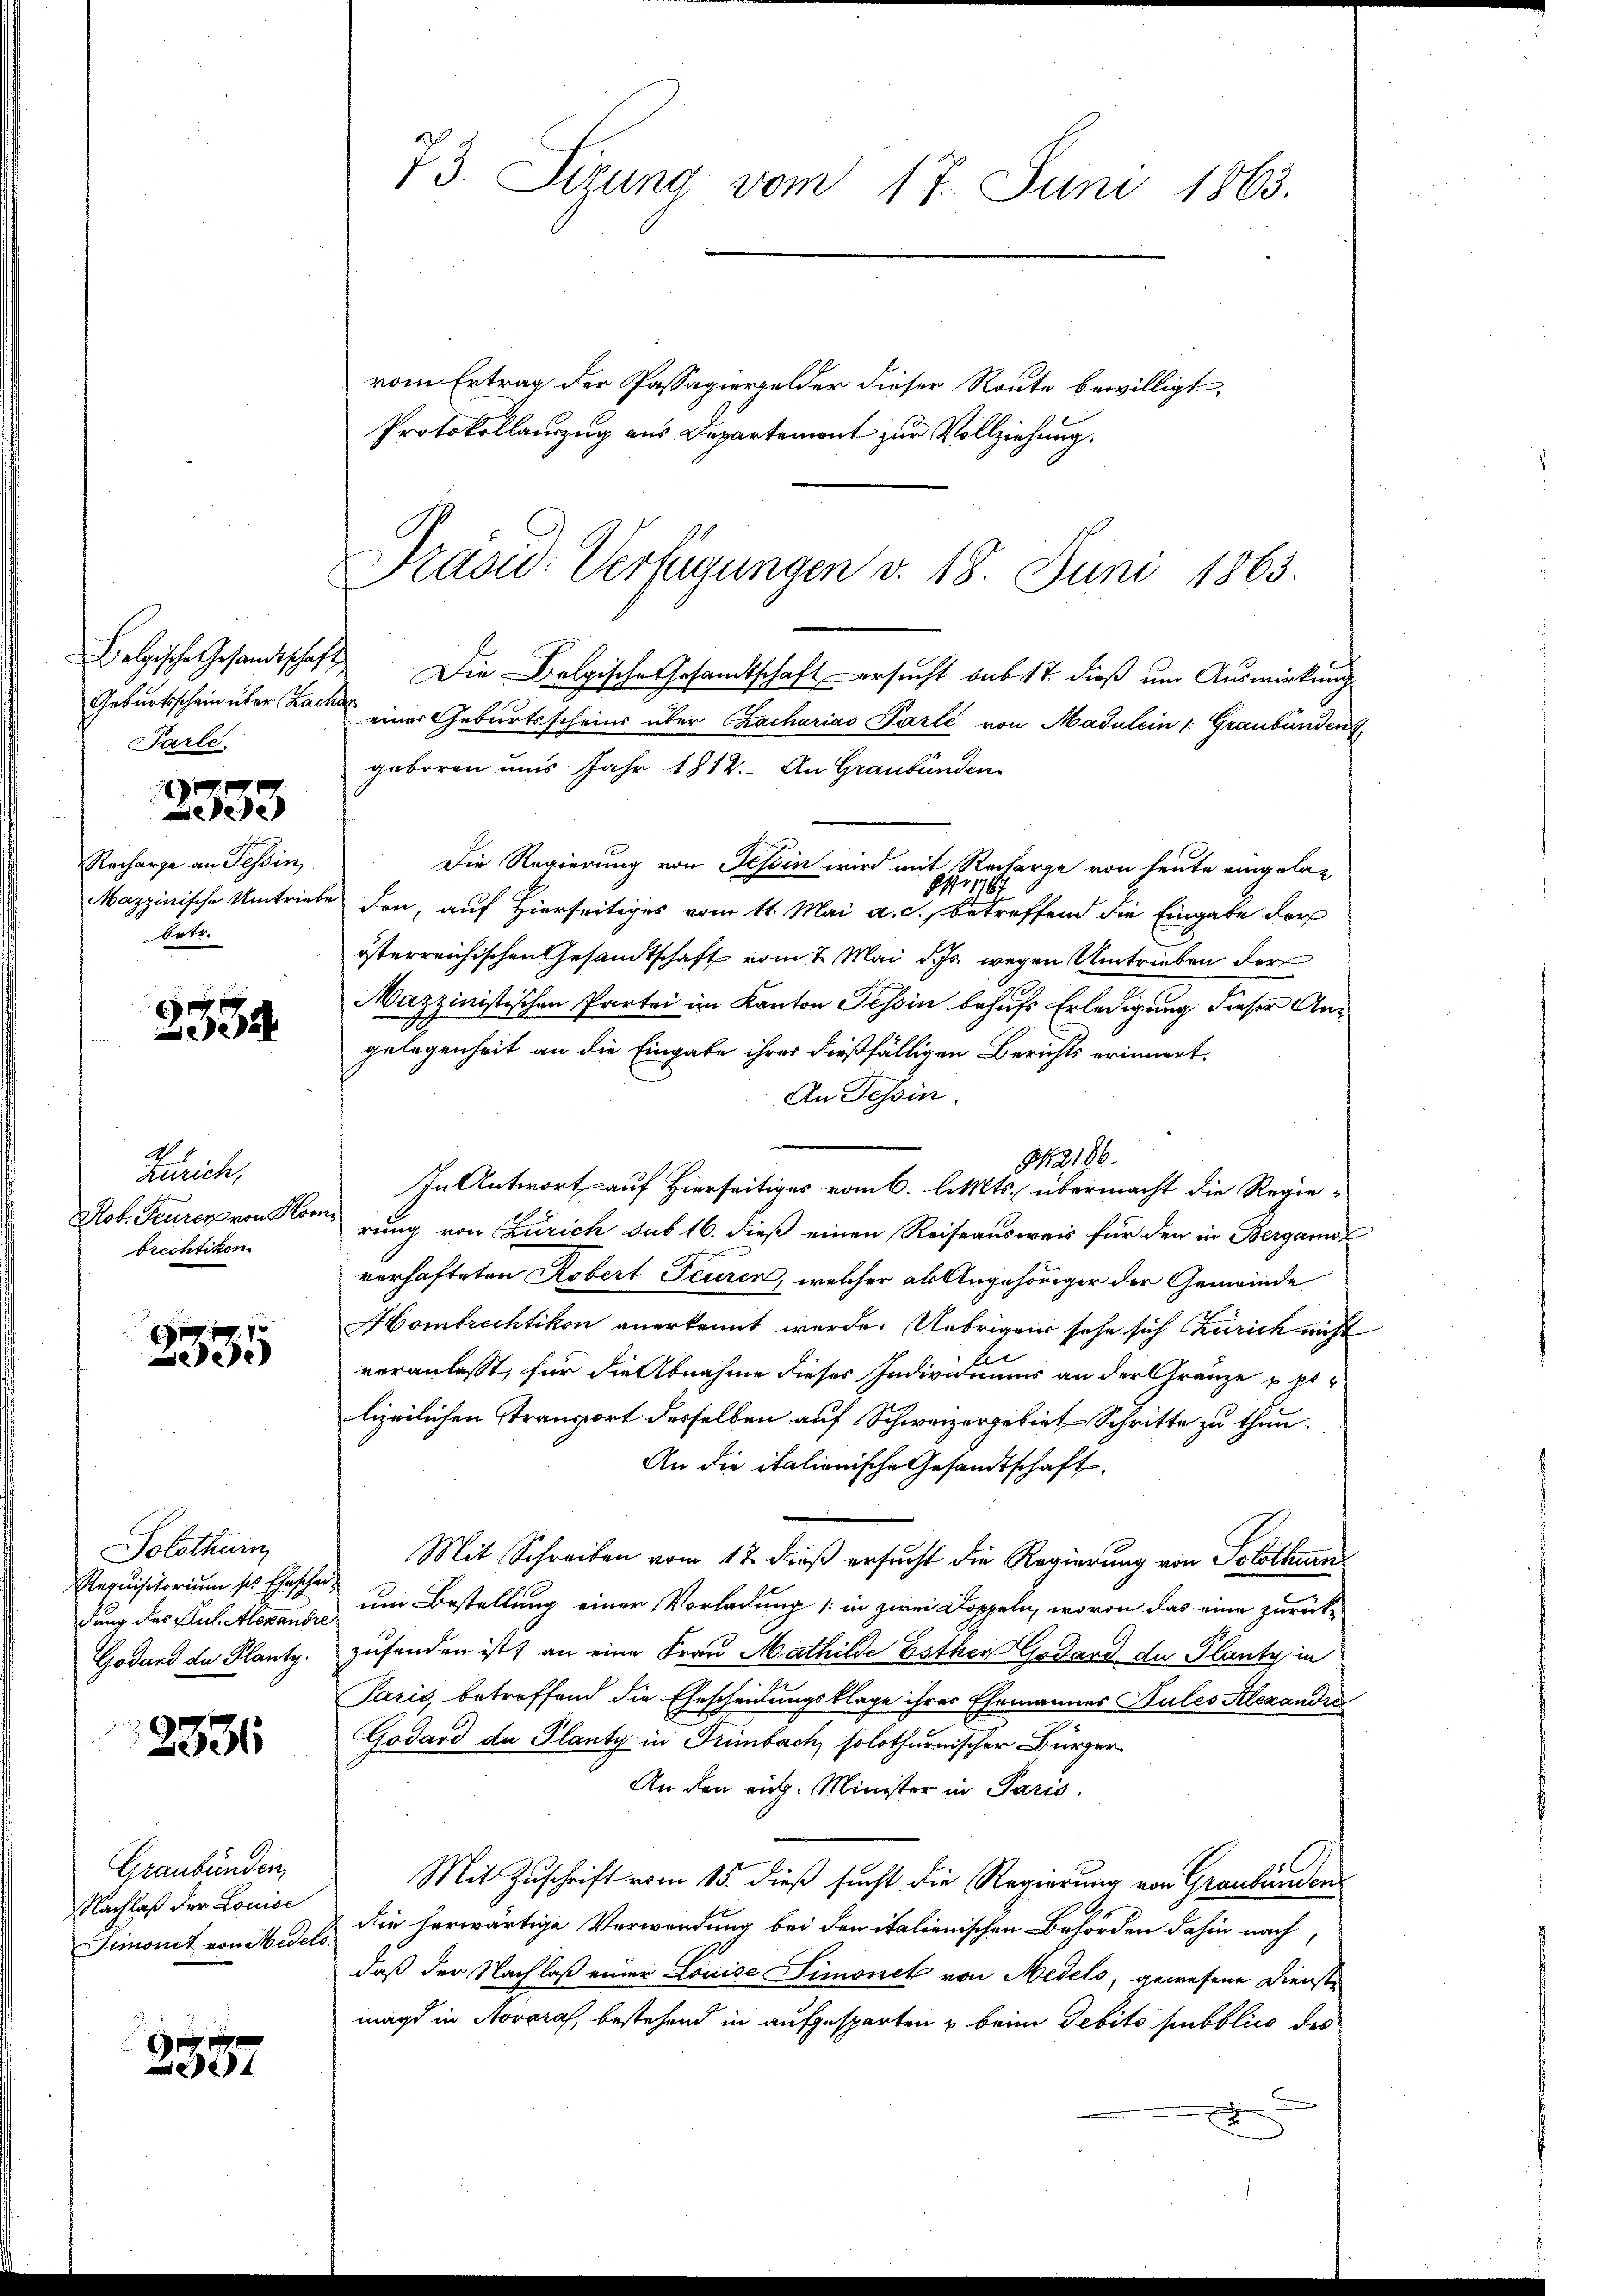
Geburtschein über Zachar
Parte.

2333

Recharge an Tessin,
betr.

2334

No. 1
Zürich,
Rob. Feurer von Hon
brechtikon.

2335

Solothurn
Requisitorium ses Eheschei¬
Godand des Plantz.

2336

Graubünden
Nachlaß der Louise

2557

73. Sizung vom 17. Juni 1863.

vom Ertrag der Passapiergelder dieser Route bewilligt,
Protokollauszug aus Departemont zur Vollziehung.
Belgische Gesandtschaft. Die Belgische Gesandtschaft ersucht sub 17. dieß um Auswirkung
einer Geburtsscheins über Chacharias Parte von Madulein 1: Graubünden
geboren uns Jahr 1812. An Graubünden
Die Regierung von Tessin wird mit Recharge von heute eingelan
N. 1178.
Mazzinische Umtriebe den, auf Hierseitiges vom 11. Mai a. c., betreffend die Eingabe der
österreichischen Gesandtschaft vom 2. Mai des wegen Umtrieben der
Mazzinistischen Partei im Kanton Tessin behufs Erledigung dieser Angelegenheit an die Eingabe ihres dießfälligen Berichts erinnert.
An Tessin.
N2186.
In Antwort auf Hierseitiges vom 6. Akts. übermacht die Regie¬
228 f
rung von Zürich sub 16. dieß einen Reiseausweis für den in Bergamo
verhafteten Robert Feuren, welcher als Angehöriger der Gemeinde
Hombrechtikon anerkannt werde. Uebrigen sehe sich Zürich nicht
veranlasst, für die Abnahme dieses Individuums an der Gränze u. polizeilichen Stransport desselben auf Schweizergebiet Schritte zu thun.
An die italienische Gesandtschaft
Mit Schreiben vom 17. dieß ersucht die Regierung von Solothurn
dung des Kalterende um Bestellung einer Vorladung (: in zwei Doppeln, wovon das eine zurückzusenden ist, an eine Frau Mathilde Esther Gedand der Planty in
Paris betreffend die Ehescheidungsklage ihres Ehemannes Pules Alexandra
Godard de Planty in Tumbach solothurnischer Bürger¬
An den eit. Minister in Paris.
Mit Zuschrift vom 15. dieß sucht die Regierung von Graubünden
Simonet von Med. Es sie herwärtige Verwendung bei den italienischen Behörden dahin nach,
daß der Nachlaß einer Louise Simonet von Medels, gewesene Dienste
magd in Novaras, bestehend in aufgesparten & beim Debito pubblico des
.

Präsid. Verfügungen d. 18. Juni 1863.